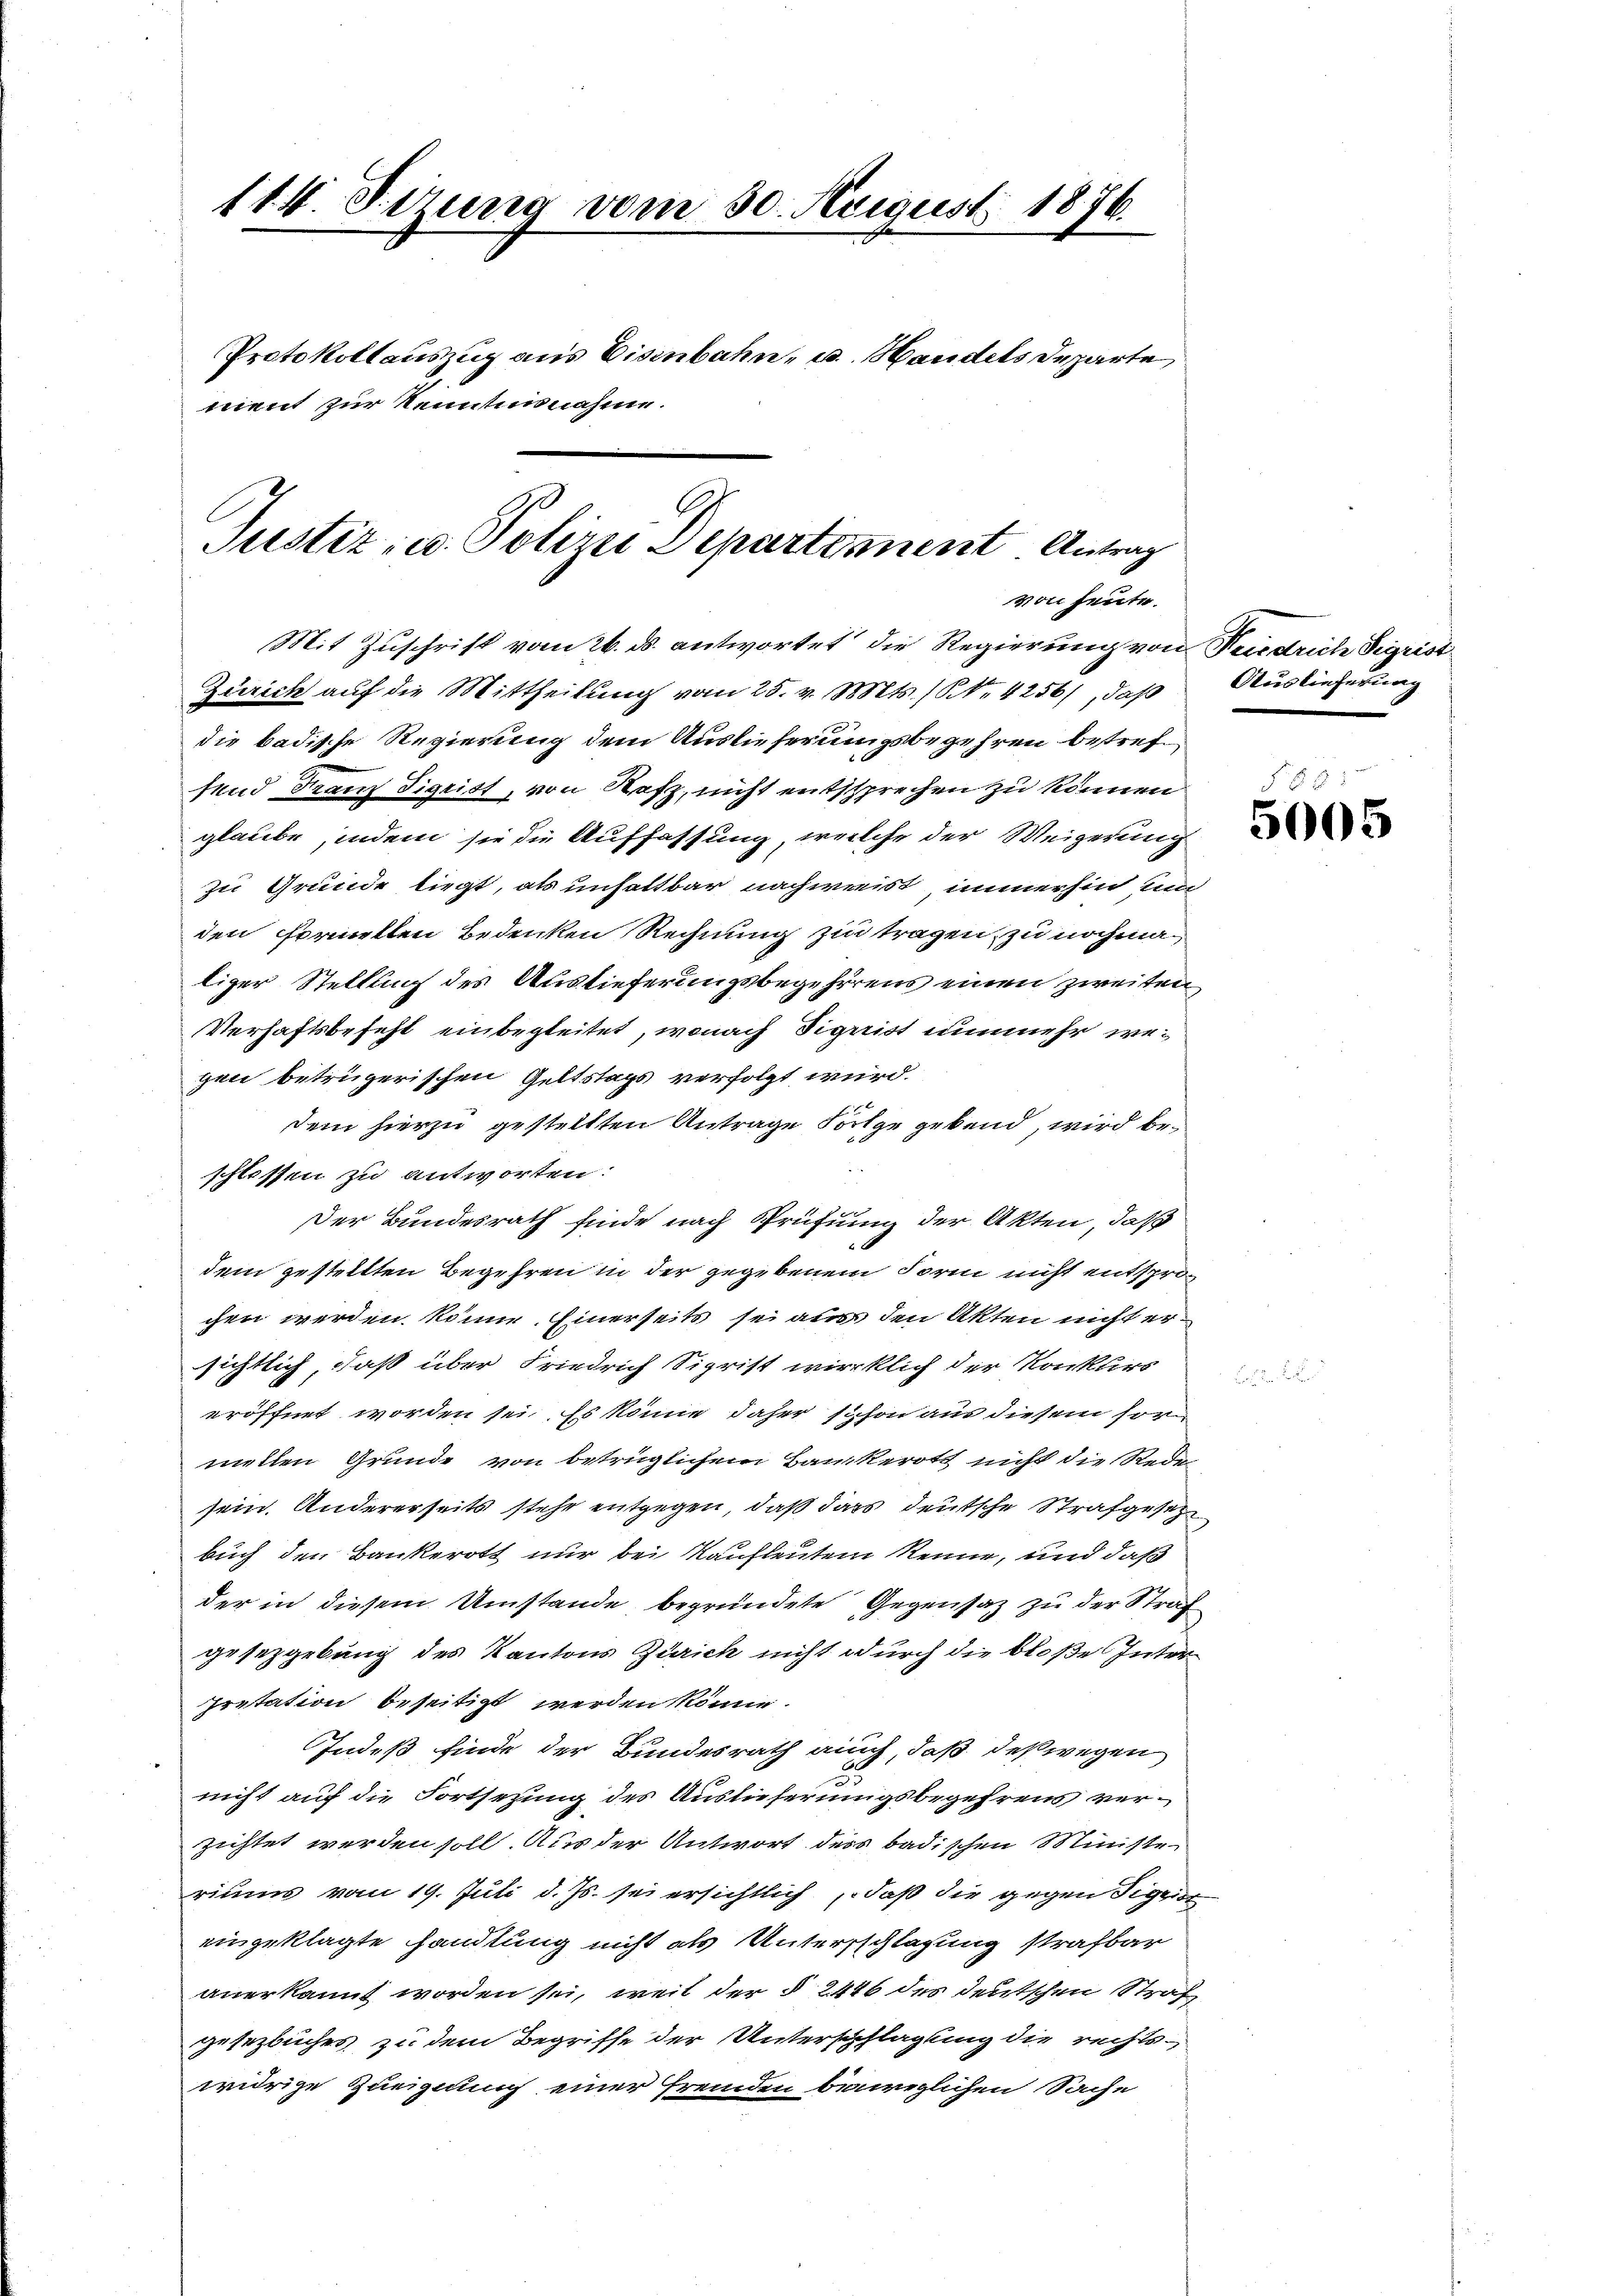
114. Stung vom 30. August 1876.
Protokollauszug aus Eisenbahn, u. Handels Departe
ment zur Kenntnisnahme.

Justiz- u. Polizei Departement. Antrag
von heute.

Mit Zuschrift vom 26. ds. antwortet die Regierung von Neiedrich Sigrist
Zürich auf die Mittheilung vom 25. v. Mts. (N. 4256), daß Auslieferung
die badische Regierung dem Auslieferungsbegehren betrefsend Frau Sigrist, von Rafz, nicht entsprechen zu können
glaube, indem sie die Auffassung, welche der Weigerung
zu Grunde liegt, als unhaltbar nachweist, immerhin un
den formellen Bedenken Rechnung zu tragen, zu nochmaliger Stellung des Auslieferungsbegehrens einen zweiten
Verhaftsbefehl einbegleitet, wonach Sigrist nunmehr wegen betrügerischen Geltstags verfolgt wird.
dem hierzu gestellten Antrage Folge gebend, wird beschlossen zu antworten:
Der Bundesrath finde nach Prüfung der Akten, daß
dem gestellten Begehren in der gegebenem Form nicht entsprochen werden könne. Einerseits sei aus den Akten nicht ersichtlich, daß über Friedrich Sigrist wirklich der Konkurs
eröffnet worden sei. Es könne daher schon aus diesem sor
metten Grunde von betrüglichem Bankerott nicht die Rede
sein. Andererseits stehe entgegen, daß dass deutsche Strafgesetz
buch den Bankerott nur bei Kaufleuten kenne, und daß
der in diesem Umstände begründete Gegensatz zu der Straf
gesetzgebung des Kantons Zürich nicht durch die bloße Interpretation beseitigt werden könne.
Indeß finde der Bundesrath auch, daß deßwegen
nicht auf die Fortsetzung des Auslieferungsbegehrens verzichtet werden soll. Aus der Antwort des badischen Ministe
riums vom 19. Juli d. Js. sei ersichtlich, daß die gegen Sigeit
eingeklagte handlung nicht als Untersschlagung strafbar
anerkannt worden sei, weil der § 2446 des deutschen Straf
gesetzbuches zu dem Begriffe der Unterschlagung die rechtswidrige Zueignung einer fremden beureglichen Sache

5
5005